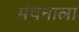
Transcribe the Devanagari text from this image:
मंथनाला